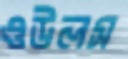
ওউলস